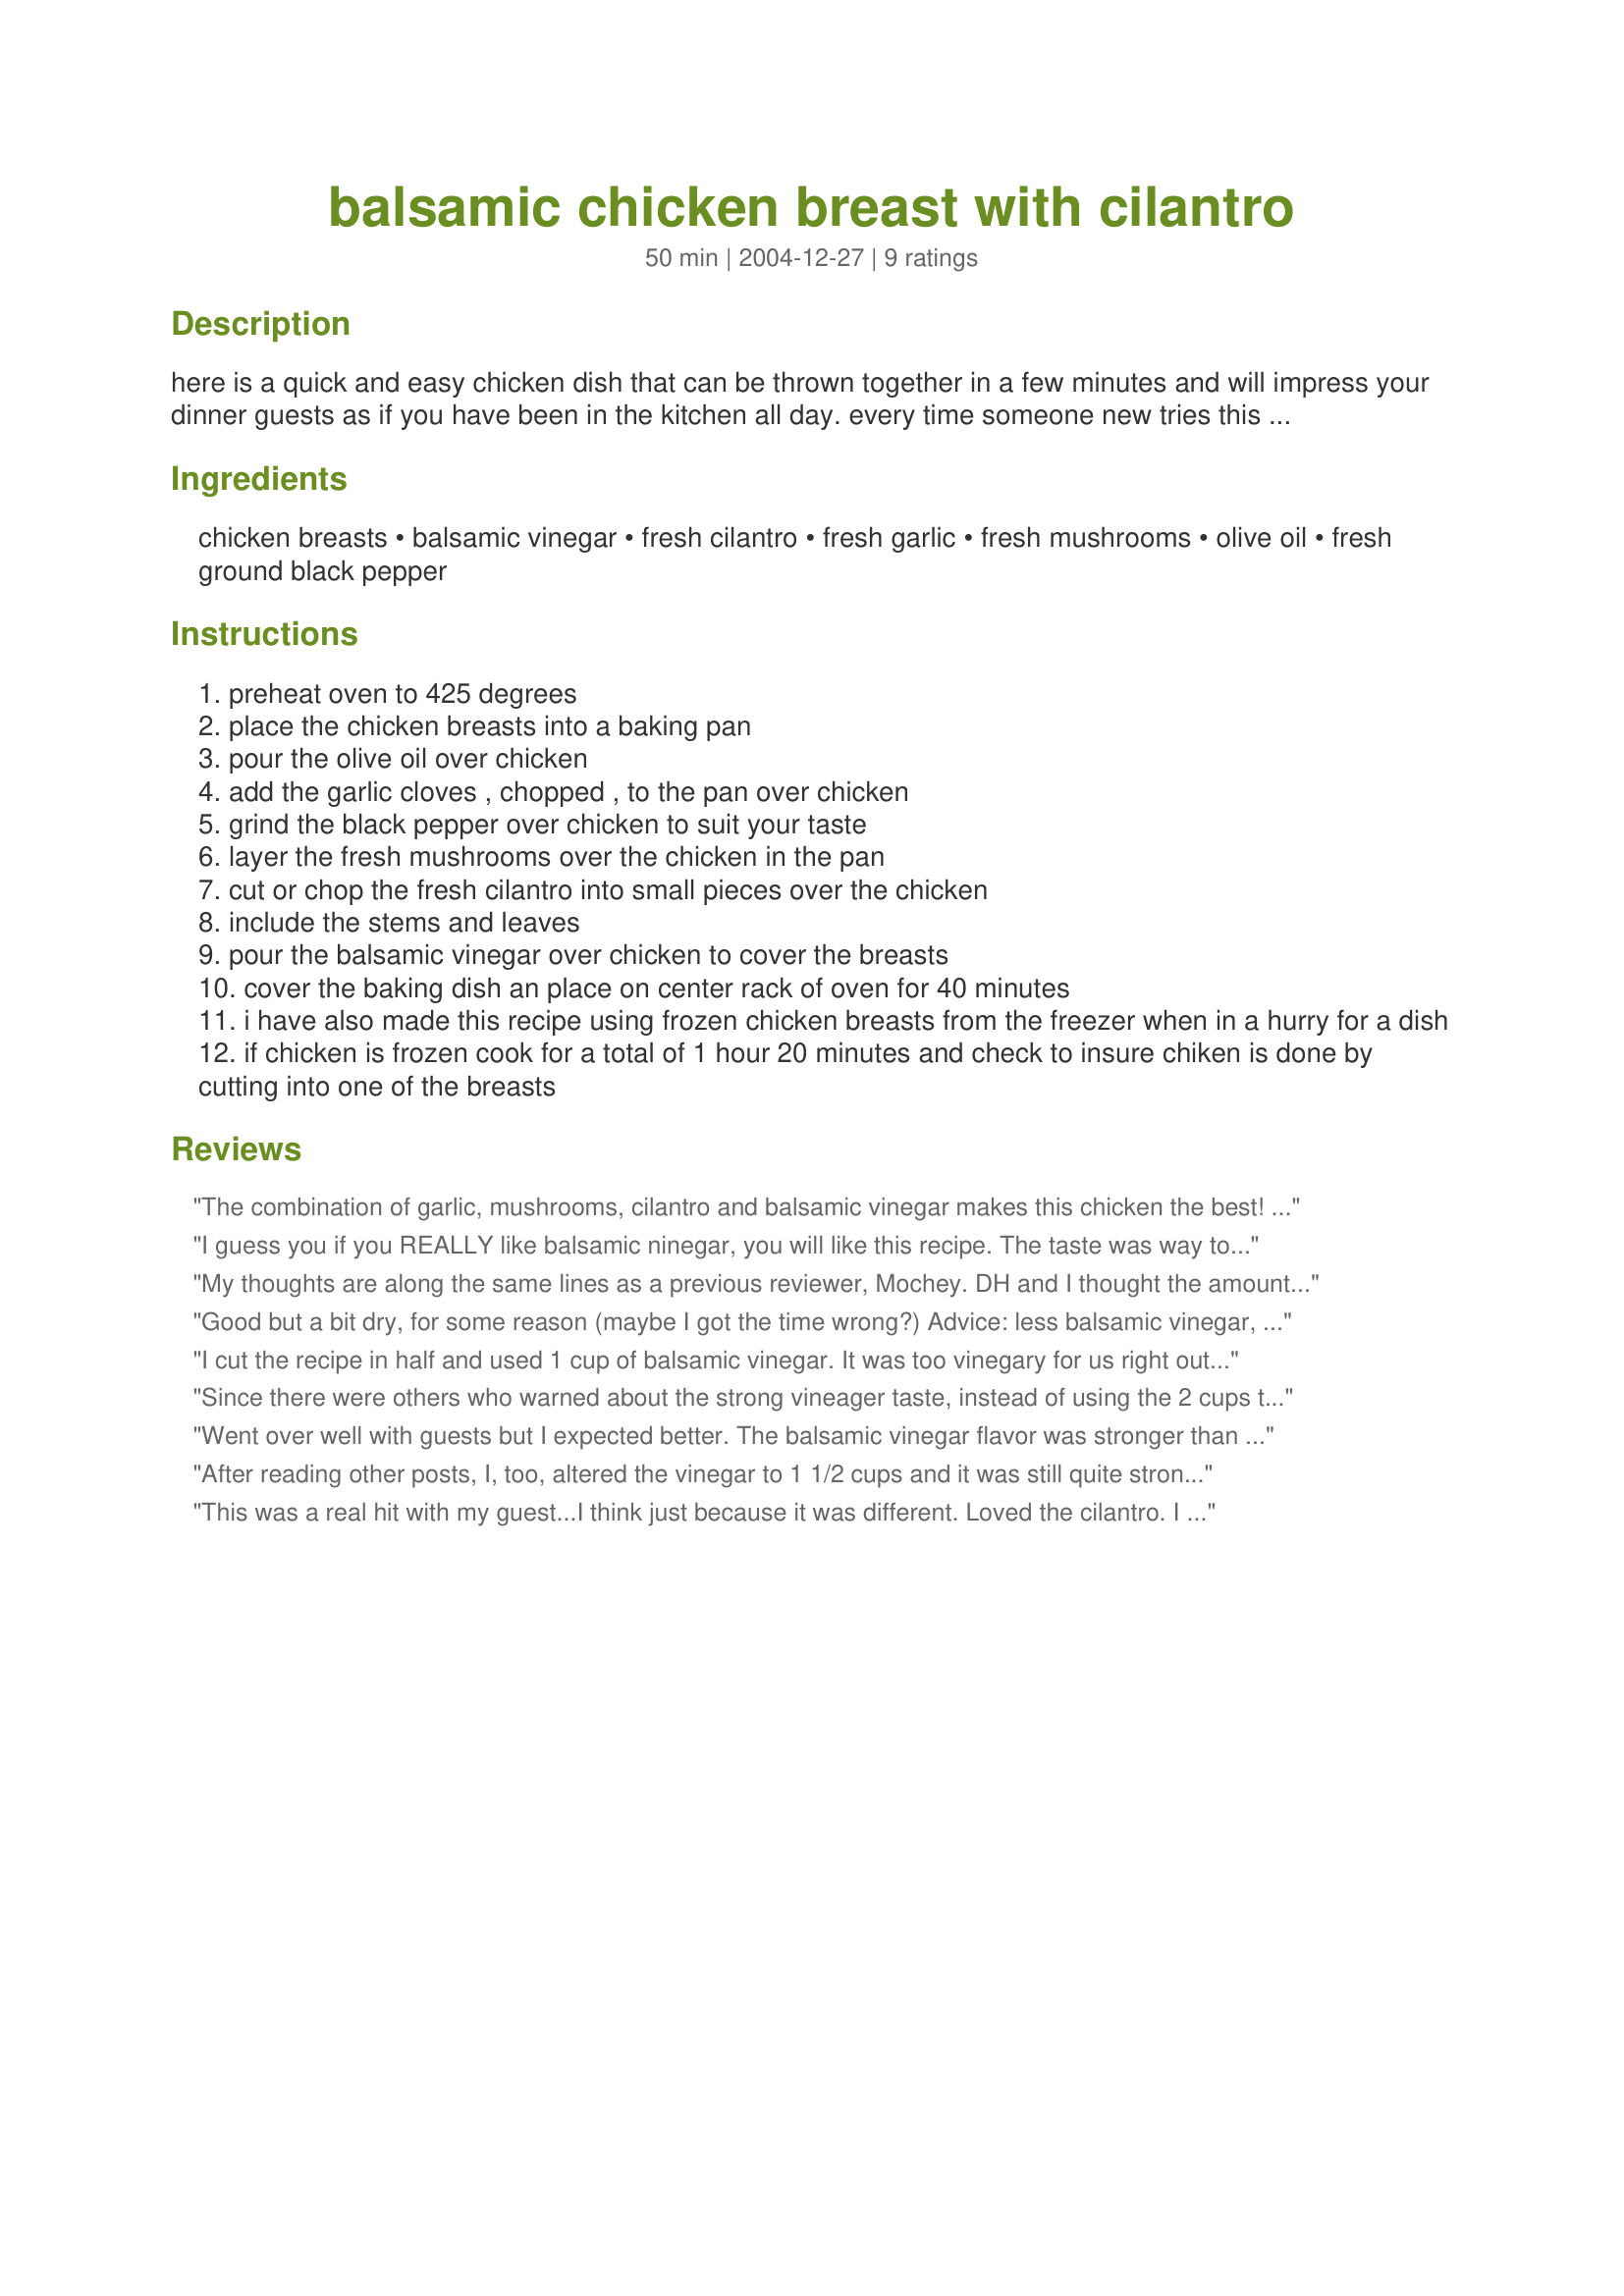
balsamic chicken breast with cilantro
Preparation time: 50 minutes

here is a quick and easy chicken dish that can be thrown together in a few minutes and will impress your dinner guests as if you have been in the kitchen all day. every time someone new tries this they insist it is the best chicken they have had. it also provides a wonderful aroma with the balsamic vinegar and clilantro mixture when cooking.

Ingredients:
chicken breasts, balsamic vinegar, fresh cilantro, fresh garlic, fresh mushrooms, olive oil, fresh ground black pepper

Steps:
preheat oven to 425 degrees
place the chicken breasts into a baking pan
pour the olive oil over chicken
add the garlic cloves , chopped , to the pan over chicken
grind the black pepper over chicken to suit your taste
layer the fresh mushrooms over the chicken in the pan
cut or chop the fresh cilantro into small pieces over the chicken
include the stems and leaves
pour the balsamic vinegar over chicken to cover the breasts
cover the baking dish an place on center rack of oven for 40 minutes
i have also made this recipe using frozen chicken breasts from the freezer when in a hurry for a dish
if chicken is frozen cook for a total of 1 hour 20 minutes and check to insure chiken is done by cutting into one of the breasts

Reviews:
The combination of garlic, mushrooms, cilantro and balsamic vinegar makes this chicken the best! I only had a whole chicken, so I stuck the garlic under the skin and in the cavity and did the same with the cilantro and mushrooms. The chicken was tender and the smell was divine! Thanks for a great recipe!
I guess you if you REALLY like balsamic ninegar, you will like this recipe. The taste was way too vinegary for us - however, it was very tender.

I gave no rating, as I think this recipe came out as it should have, given the ingredients.
My thoughts are along the same lines as a previous reviewer, Mochey. DH and I thought the amount of balsamic vinegar overpowered the dish and were unable to finish our servings. The mushrooms lost their natural flavor, and the cilantro was barely noticeable. The chicken breasts themselves were juicy but still overpowered by vinegar. I will say, though, that it smelled beautiful while cooking. Perhaps I should have followed the advice of previous reviewer, Raspberry lemonade, and reduced the balsamic vinegar. Thanks for a new flavor adventure. It's always good to try new things!
Good but a bit dry, for some reason (maybe I got the time wrong?) Advice: less balsamic vinegar, more cilantro. And don't be scared to put in a lot of mushrooms.
I cut the recipe in half and used 1 cup of balsamic vinegar. It was too vinegary for us right out of the oven. But I'm eating a piece the next day and it tastes alot better now. It's still too vinegary but more tolerable. I only had to cook mine for 25 minutes and it was a little dry.
Since there were others who warned about the strong vineager taste, instead of using the 2 cups that are called for, I used 1 1/2 cups and the balsamic was strong, but not overpowering. I really liked this recipe and we'll certainly make it again.
Went over well with guests but I expected better. The balsamic vinegar flavor was stronger than I expected and overpowered the cilantro & mushrooms. I had to alter the cooking time & length due to 2 dishes in the oven at once so that may have affected the end result. I also let it marinate in the fridge several hours before cooking. I will make it again & follow directions exactly, hoping for a 5 star result!
After reading other posts, I, too, altered the vinegar to 1 1/2 cups and it was still quite strong. The mushrooms just seem to soak up the vinegar and don't add much extra flavor. We ended up scraping off the mushrooms & the chicken by itself wasn't horribly strong compared to the mushrooms. The prep was simple, though.
This was a real hit with my guest...I think just because it was different.
Loved the cilantro.
I only used 1 cup of balsamic
Thanks
